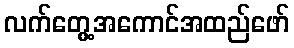
လက်တွေ့အကောင်အထည်ဖော်